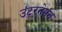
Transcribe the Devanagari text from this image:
उंटरनेमन